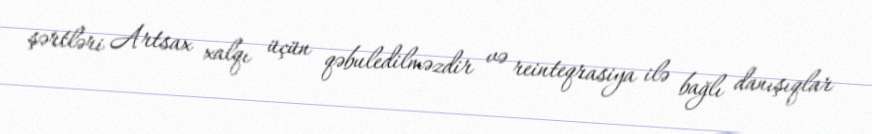
şərtləri Artsax xalqı üçün qəbuledilməzdir və reinteqrasiya ilə bağlı danışıqlar